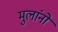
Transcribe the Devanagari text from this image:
मुलांनो